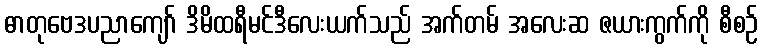
ဓာတုဗေဒပညာကျော် ဒိမိထရီမင်ဒီလေးယက်သည် အက်တမ် အလေးဆ ဇယားကွက်ကို စီစဉ်